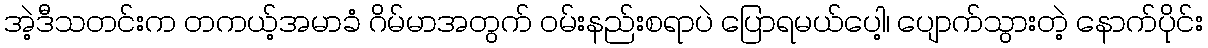
အဲ့ဒီသတင်းက တကယ့်အမာခံ ဂိမ်မာအတွက် ဝမ်းနည်းစရာပဲ ပြောရမယ်ပေါ့၊ ပျောက်သွားတဲ့ နောက်ပိုင်း